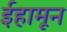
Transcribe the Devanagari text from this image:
ईहामून